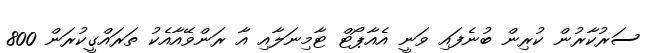
ސަރުކާރުން ކުރިން ބުނެފައި ވަނީ އެއާޕޯޓް ޓާމިނަލާއި އާ ރަންވޭއާއެކު ތަރައްގީކުރަން 800